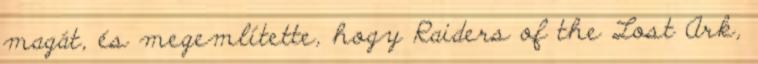
magát, és megemlítette, hogy Raiders of the Lost Ark,